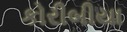
કોરીબીયા